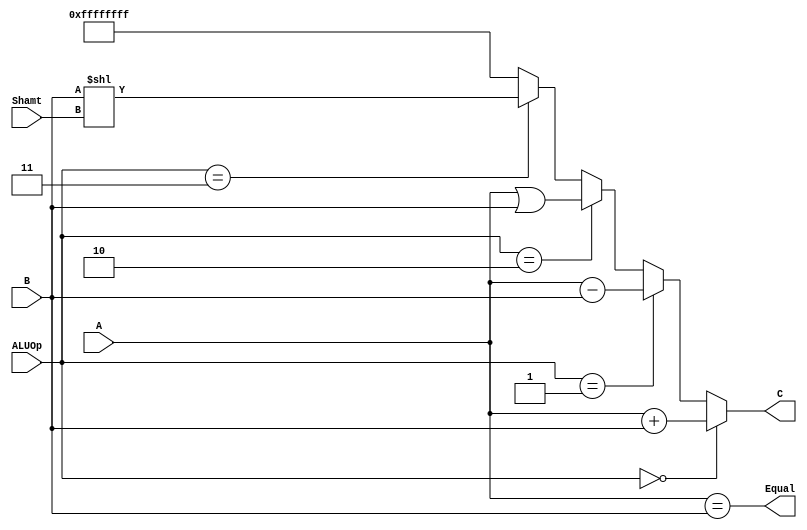
module alu(
    input  [31:0] A,
    input  [31:0] B,
    input  [4:0]  Shamt,
    input  [3:0]  ALUOp,
    output        Equal,
    output [31:0] C
    );


    parameter ADDop = 4'b0000;
    parameter SUBop = 4'b0001;
    parameter ORop  = 4'b0010;
    parameter SLLop = 4'b0011;


    assign Equal = (A == B);
    assign C = (ALUOp == ADDop) ? A + B :
               (ALUOp == SUBop) ? A - B :
               (ALUOp == ORop)  ? A | B :
               (ALUOp == SLLop) ? B << Shamt : -1;
endmodule